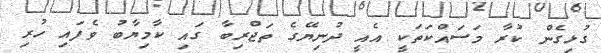
ގުޅިގެން ކުރާ މަސައްކަތަކީ އެއީ ދުނިޔޭގެ ތަޖްރިބާ ގައި ކާމިޔާބު ވެފައި ހުރި